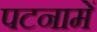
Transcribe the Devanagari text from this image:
पटनामें